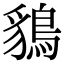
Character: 𪁰